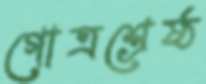
গোত্রশ্রেষ্ঠ